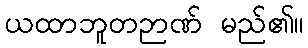
ယထာဘူတဉာဏ် မည်၏။